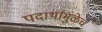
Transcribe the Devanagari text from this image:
पदार्थांमुळेच